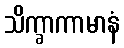
သိက္ခာကာမာနံ